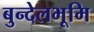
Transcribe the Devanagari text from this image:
बुन्देलभूमि